Medical and sanitary report of the native army of Bengal for the year
Year: 1877
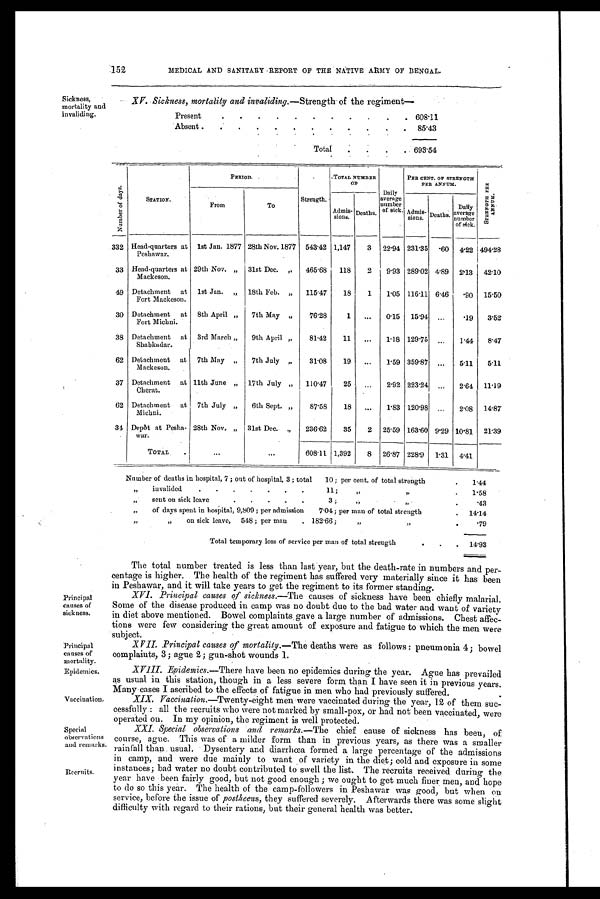
Principal
causes of
mortality.
Epidemics.
Vaccination.
Special
observations
and remarks.
Recruits.
152
MEDICAL AND SANITARY REPORT OF THE NATIVE ARMY OF BENGAL.
Sickness,
mortality and
invaliding.
XV. Sickness, mortality and invaliding.—Strength of the regiment
—
Present
.
.
.
.
.
.
.
.
.
.
. 608.11
Absent .
.
.
.
.
.
.
.
.
.
.
. 85.43
Total
.
.
.
. 693.54
Nu mb e r o f d a y s .
STATION.
PERIOD.
Strength.
TOTAL NUMBER
OF
Daily
av erage
number
of sick.
PER CENT. OF STRENGTH
PER ANNUM.
S T R E N H T H P E R A N N U M .
From
To
Admis- sions.
Deaths.
Admis-
sions.
Deaths.
Daily
average
number
of sick.
332 Head-quarters at
Peshawar.
1st Jan. 1877 28th Nov. 1877 543.42 1,147
3 22.94 231.35 .60 4.22 494.28
33 Head-quarters at
Mackeson.
29th Nov. ,, 31st Dec. ,,
465.68 118
2
9.93 289.02 4.89 2.13 42.10
49 Detachment at
Fort Mackeson.
1st Jan. „ 18th Feb. ,,
115.47
18
1
1.05 116.11 6.46
-90 15.50
30 Detachment at
Fort Michni.
8th April ,,
7th May „
76.28
1
...
0.15 15.94 ...
.19
3.52
38 Detachment at
Shabkadar.
3rd March „
9th April „
81.42
11
...
1.18 129.75 ...
1.44
8.47
62 Detachment at
Mackeson,
7th May ,,
7th July „
31.08
19
...
1.59 359.87
. . .
5.11
5.11
37 Detachment at
Cherat.
11th June „ 17th July „
110.47
25
...
2.92 223.24
. . .
2.64 11.19
62 Detachment at
Michni.
7th July „
6th Sept. „
87.58
18
. . .
1.83 120.98
. . .
2.08 14.87
34 Depbt at Pesha-
war.
28th Nov, „ 31st Dec, „
236.62
35
2 25.59 163.60 9.29 10.81 21.39
TOTAL
...
...
608.11 1,392
8 26.87 228.9 1.31 4.41
Number of deaths in hospital, 7 ; out of hospital, 3 ; total
10; per cent. of total strength
.
1.44
„
invalided
.
.
.
.
.
.
.
11;
,,
„
.
1.58
„
sent on sick leav
.
. .
.
.
3;
,,
,,
.
.43
„
of days spent in hospital, 9,809; per admission
7.04; per man of total strength
. 14.14
„
„
on sick leave, 548; per man
. 182.66;
„ „
.
.79
Total temporary loss of service per man of total strength
. .
. 14.93
Principal
causes of
sick ness.
The total number treated is less than last year, but the death-rate in numbers and per-
centage is higher. The health of the regiment has suffered very materially since it has been
in Peshawar, and it will take years to get the regiment to its former standing.
XVI. Principal causes of sickness.— The causes of sickness have been chiefly malarial.
Some of the disease produced in camp was no doubt due to the bad water and want of variety
in diet above mentioned. Bowel complaints gave a large number of admissions. Chest affec-
tions were few considering the great amount of exposure and fatigue to which the men were
sub j ect.
XVII. .Principal causes of mortality.—The deaths were as follows: pneumonia 4; bowel
complaints, 3; ague 2; gun-shot wounds 1.
XVIII.
Epidemics.—There have been no epidemics during the year. Ague has prevailed
as usual in this station, though in a less severe form than I have seen it in previous years.
Many cases I ascribed to the effects of fatigue in men who had previously suffered.
XIX. Vaccination.—Twenty-eight men were vaccinated during the year, 12 of them suc-
cessfully: all the recruits who were not marked by small-pox, or had not been vaccinated, were
operated on. In my opinion, the regiment is well protected.
XXI. Special observations and remarks.—The chief cause of sickness has been, of
course, ague. This was of a milder form than in previous years, as there was a smaller
rainfall than. usual. Dysentery and diarrhœa formed a large percentage of the admissions
in camp, and were due mainly to want of variety in the diet; cold and exposure in some
instances; bad water no doubt contributed to swell the list. The recruits received during the
year have been fairly good, but not good enough; we ought to get much finer men, and hope
to do so this year. The health of the camp-followers in Peshawar was good, but when on
service, before the issue of postheens, they suffered severely. Afterwards there was some slight
difficulty with regard to their rations, but their general health was better.